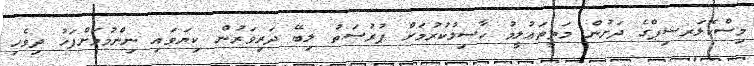
މިސްކޮލަރޝިޕްގެ ދަށުން މަތީތަޢުލީމު ހާސިލުކުރުމަށް ފުރުޞަތު ލިބޭ ދަރިވަރުން ކިޔަވައި ނިންމުމަށްފަހު ދިވެހި